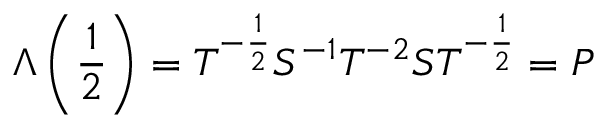
\Lambda \left( \frac { 1 } { 2 } \right) = T ^ { - \frac { 1 } { 2 } } S ^ { - 1 } T ^ { - 2 } S T ^ { - \frac { 1 } { 2 } } = P